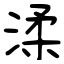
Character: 渘